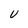
Character: U